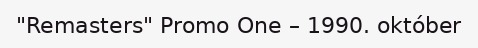
"Remasters" Promo One – 1990. október